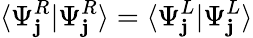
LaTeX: \langle\Psi_{\mathbf{j}}^{R}|\Psi_{\mathbf{j}}^{R}\rangle=\langle\Psi_{\mathbf{j}}^{L}|\Psi_{\mathbf{j}}^{L}\rangle